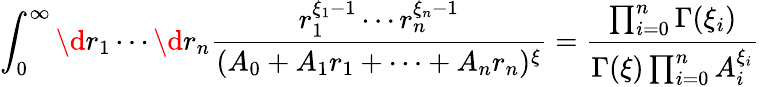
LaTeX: \int_{0}^{\infty}\d r_{1}\cdots\d r_{n}\frac{r_{1}^{\xi_{1}-1}\cdots r_{n}^{\xi_{n}-1}}{(A_{0}+A_{1}r_{1}+\cdots+A_{n}r_{n})^{\xi}}=\frac{\prod_{i=0}^{n}\Gamma(\xi_{i})}{\Gamma(\xi)\prod_{i=0}^{n}A_{i}^{\xi_{i}}}